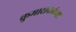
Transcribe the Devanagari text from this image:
कुमारीकांच्या